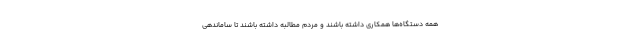
همه دستگاه‌ها همکاری داشته باشند و مردم مطالبه داشته باشند تا ساماندهی